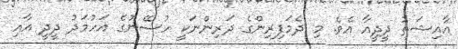
އާއިޝަތު ދީދީއާ އެވެ. މި ދެމަފިރިންގެ ދަރިންނަކީ ހުސޭނުގެ އަހުމަދު ދީދީ އާއި